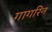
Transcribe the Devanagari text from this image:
गागरिन